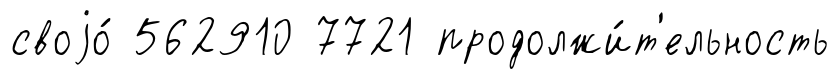
своjо́ 562910 7721 продолжи́т'ельность